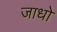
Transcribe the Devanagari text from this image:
जाधो